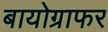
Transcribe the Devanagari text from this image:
बायोग्राफर